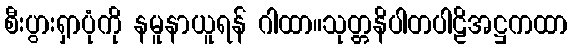
စီးပွားရှာပုံကို နမူနာယူရန် ဂါထာ။သုတ္တနိပါတပါဠိအဋ္ဌကထာ